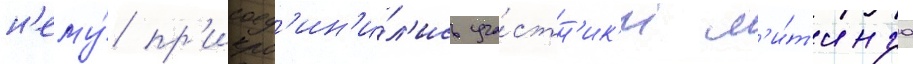
н'ему́ пр'исоед'ин'и́л'ись уча́стн'ик'и м'и́т'инга